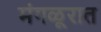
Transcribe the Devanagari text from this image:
मंगळूरात